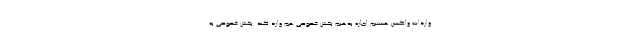
واردات واکسن هستیم اجازه بدهیم بخش خصوصی هم وارد کند. بخش خصوصی به